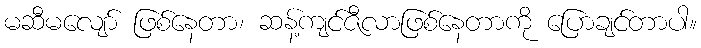
မဆီမလျော် ဖြစ်နေတာ၊ ဆန့်ကျင်ဇီလာဖြစ်နေတာကို ပြောချင်တာပါ။